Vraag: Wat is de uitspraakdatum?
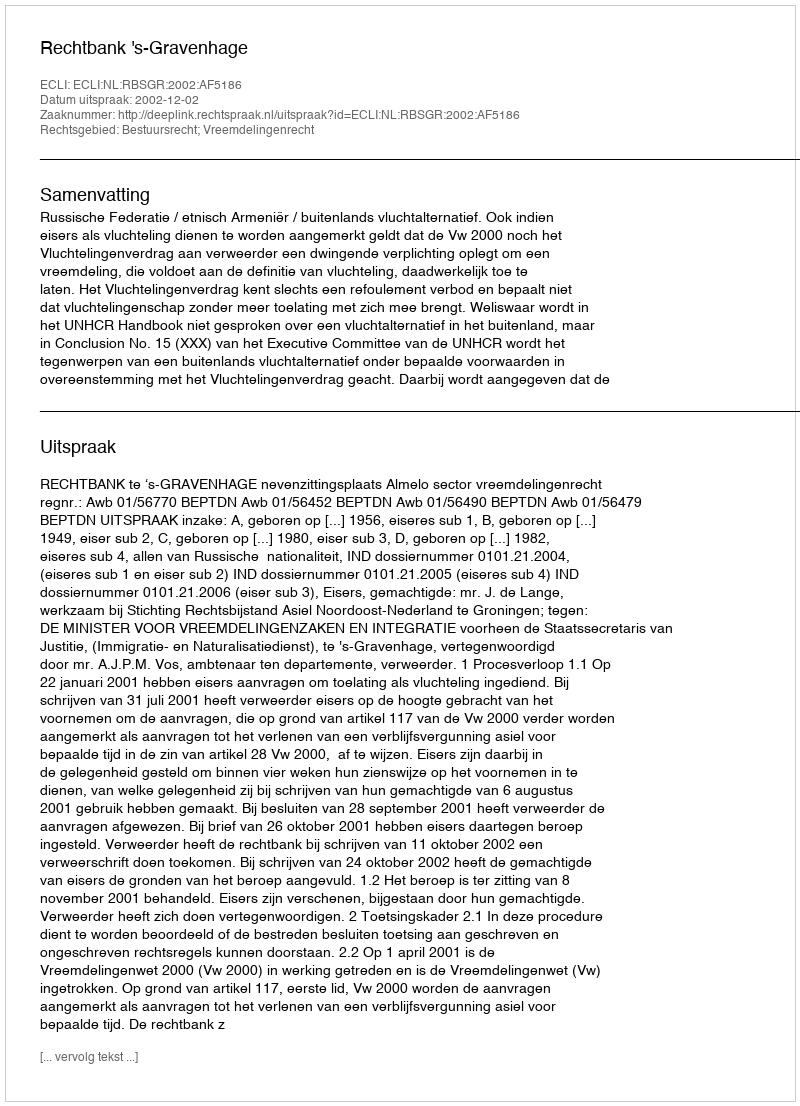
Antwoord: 2002-12-02